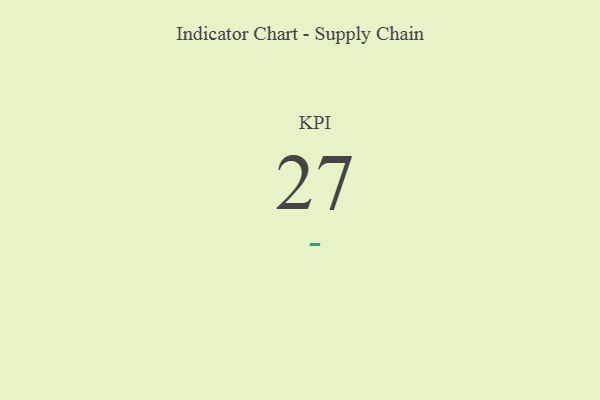
{"axis": {"x": "KPI", "y": "Value"}, "legend": [""], "data": [{"x": "KPI", "y": 27, "type": ""}]}